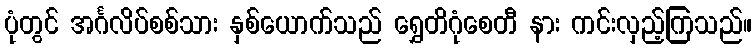
ပုံတွင် အင်္ဂလိပ်စစ်သား နှစ်ယောက်သည် ရွှေတိဂုံစေတီ နား ကင်းလှည့်ကြသည်။